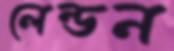
লেন্ডন